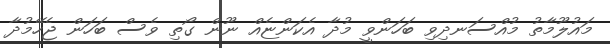
މައުލޫމާތު މުއްސަނދިވި ބަހަންވީ މުދާ އެކަންޏެއް ނޫން ގޯތި ވެސް ބަހަން ޖެހޭމުދާ